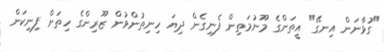
"ގުޅާނަން އިނގޭ" އީތަންގެ މޫނުމަތިން ފެނިގެން ދިޔަ ހިނިތުންވުން ޒޫރިންގެ ހިތަށް ފިނިކަން